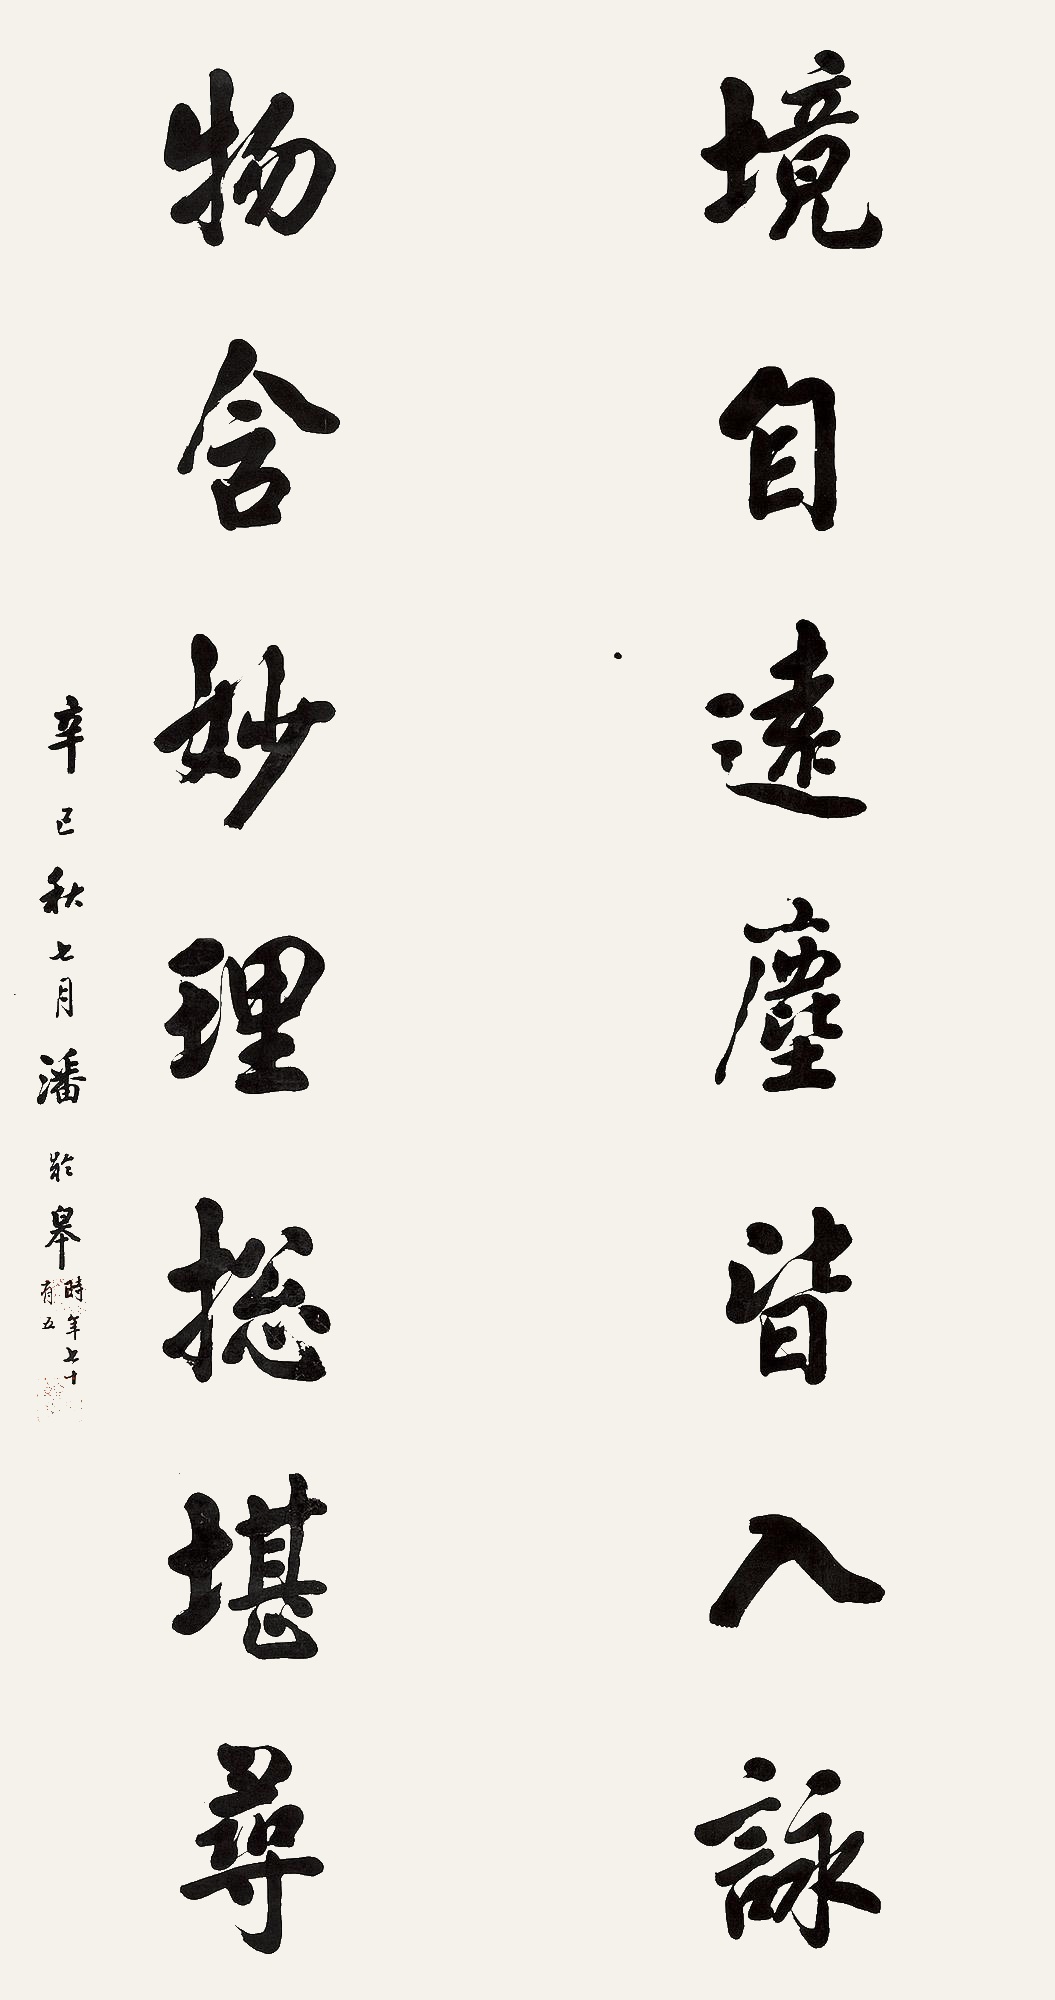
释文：境自远尘皆人咏，物含妙理总堪寻。辛巳秋七月，潘龄皋时年七十有五。